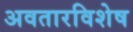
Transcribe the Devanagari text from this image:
अवतारविशेष